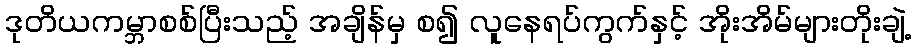
ဒုတိယကမ္ဘာစစ်ပြီးသည့် အချိန်မှ စ၍ လူနေရပ်ကွက်နှင့် အိုးအိမ်များတိုးချဲ့